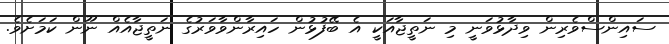
ސައިންސްވެރިން ވިދާޅުވަނީ މި ނަތީޖާއަކީ އެ ބޭފުޅުން ހައިރާންވާވަރުގެ ނަތީޖާއެއް ނޫން ކަމަށެވެ.